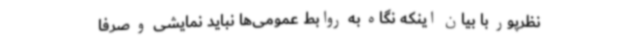
نظرپور با بیان اینکه نگاه به روابط عمومی‌ها نباید نمایشی و صرفاً